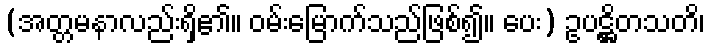
(အတ္တမနာလည်းရှိ၏။ ဝမ်းမြောက်သည်ဖြစ်၍။ ပေး) ဥပဋ္ဌိတသတိ၊